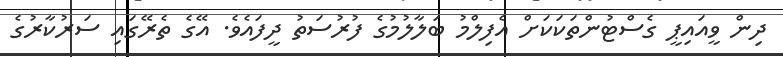
ދިން ވީއައިޕީ ގެސްޓުންތަކަކަށް އެފިލްމު ބަލާލުމުގެ ފުރުސަތު ދީފައެވެ. އޭގެ ތެރޭގައި ސަރުކާރުގެ